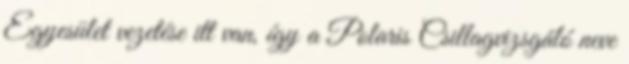
Egyesület vezetése itt van, így a Polaris Csillagvizsgáló neve